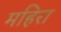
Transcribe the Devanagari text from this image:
महिरा